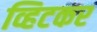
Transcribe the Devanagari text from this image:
व्हिटकर